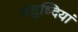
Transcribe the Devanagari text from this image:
अशुध्दियां